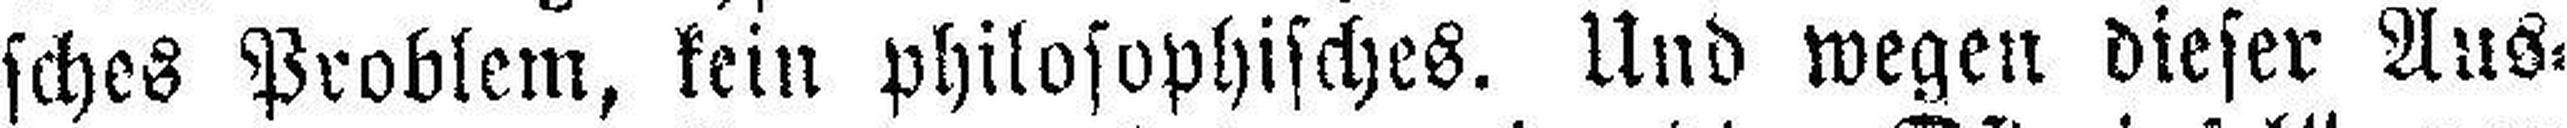
sches Problem, kein philosophisches. Und wegen dieser Aus¬